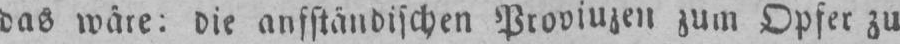
zum Opfer zu